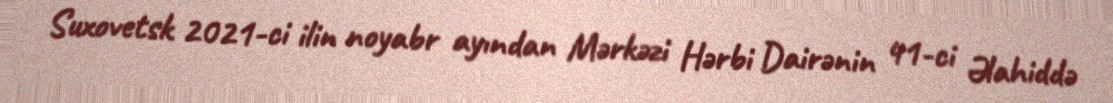
Suxovetsk 2021-ci ilin noyabr ayından Mərkəzi Hərbi Dairənin 41-ci Əlahiddə